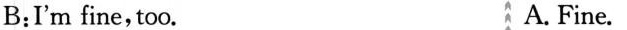
B:I'm fine, too. A. Fine.